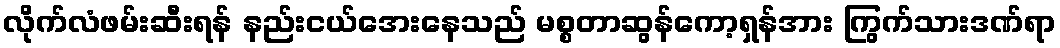
လိုက်လံဖမ်းဆီးရန် နည်းငယ်အေးနေသည် မစ္စတာဆွန်ကော့ရှန်အား ကြွက်သားဒဏ်ရာ